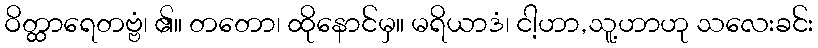
ဝိတ္ထာရေတဗ္ဗံ၊ ၏။ တတော၊ ထိုနောင်မှ။ မရိယာဒံ၊ ငါ့ဟာ,သူ့ဟာဟု သလေးခင်း